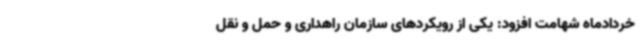
خردادماه شهامت افزود: یکی از رویکردهای سازمان راهداری و حمل و نقل